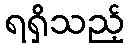
ရရှိသည့်